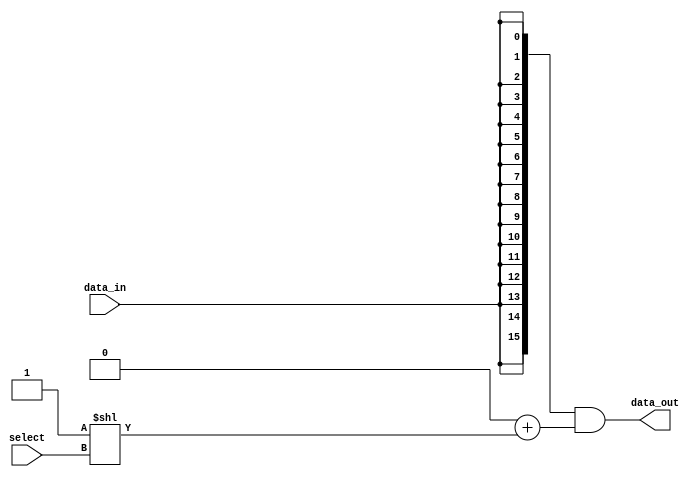
module demux_4to16 (
    input [3:0] select,
    input data_in,
    output [15:0] data_out
);

assign data_out = {(16){data_in}} & ({16{1'b0}} + (1<<select));

endmodule